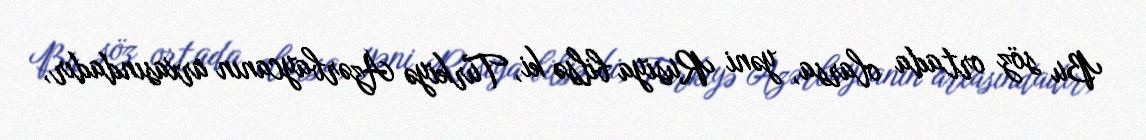
Bu söz ortada olarsa, yəni Rusiya bilsə ki, Türkiyə Azərbaycanın arxasındadır,